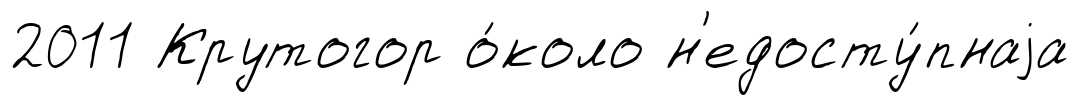
2011 Крутогор о́коло н'едосту́пнаjа